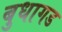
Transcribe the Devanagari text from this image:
बुधागड